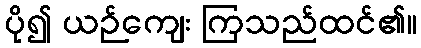
ပို၍ ယဉ်ကျေး ကြသည်ထင်၏။